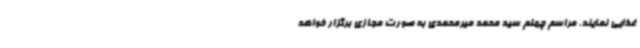
غذایی نمایند. مراسم چهلم سید محمد میرمحمدی به صورت مجازی برگزار خواهد